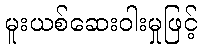
မူးယစ်ဆေးဝါးမှုဖြင့်